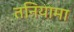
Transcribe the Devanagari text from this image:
तनियामा